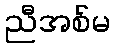
ညီအစ်မ